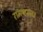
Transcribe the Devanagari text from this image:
रामचरन।